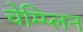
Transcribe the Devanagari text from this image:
चेम्प्लिन